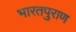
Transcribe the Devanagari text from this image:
भारतपुराण